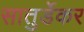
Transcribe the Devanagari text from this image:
सातुर्डेकर